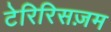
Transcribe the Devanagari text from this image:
टेरिरिसज़म